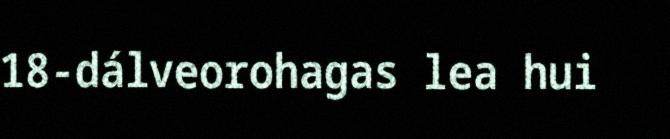
18-dálveorohagas lea hui